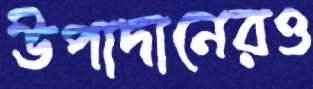
উপাদানেরও